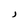
Character: J